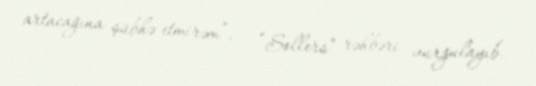
artacağına şübhə etmirəm”, – “Sollers” rəhbəri vurğulayıb.